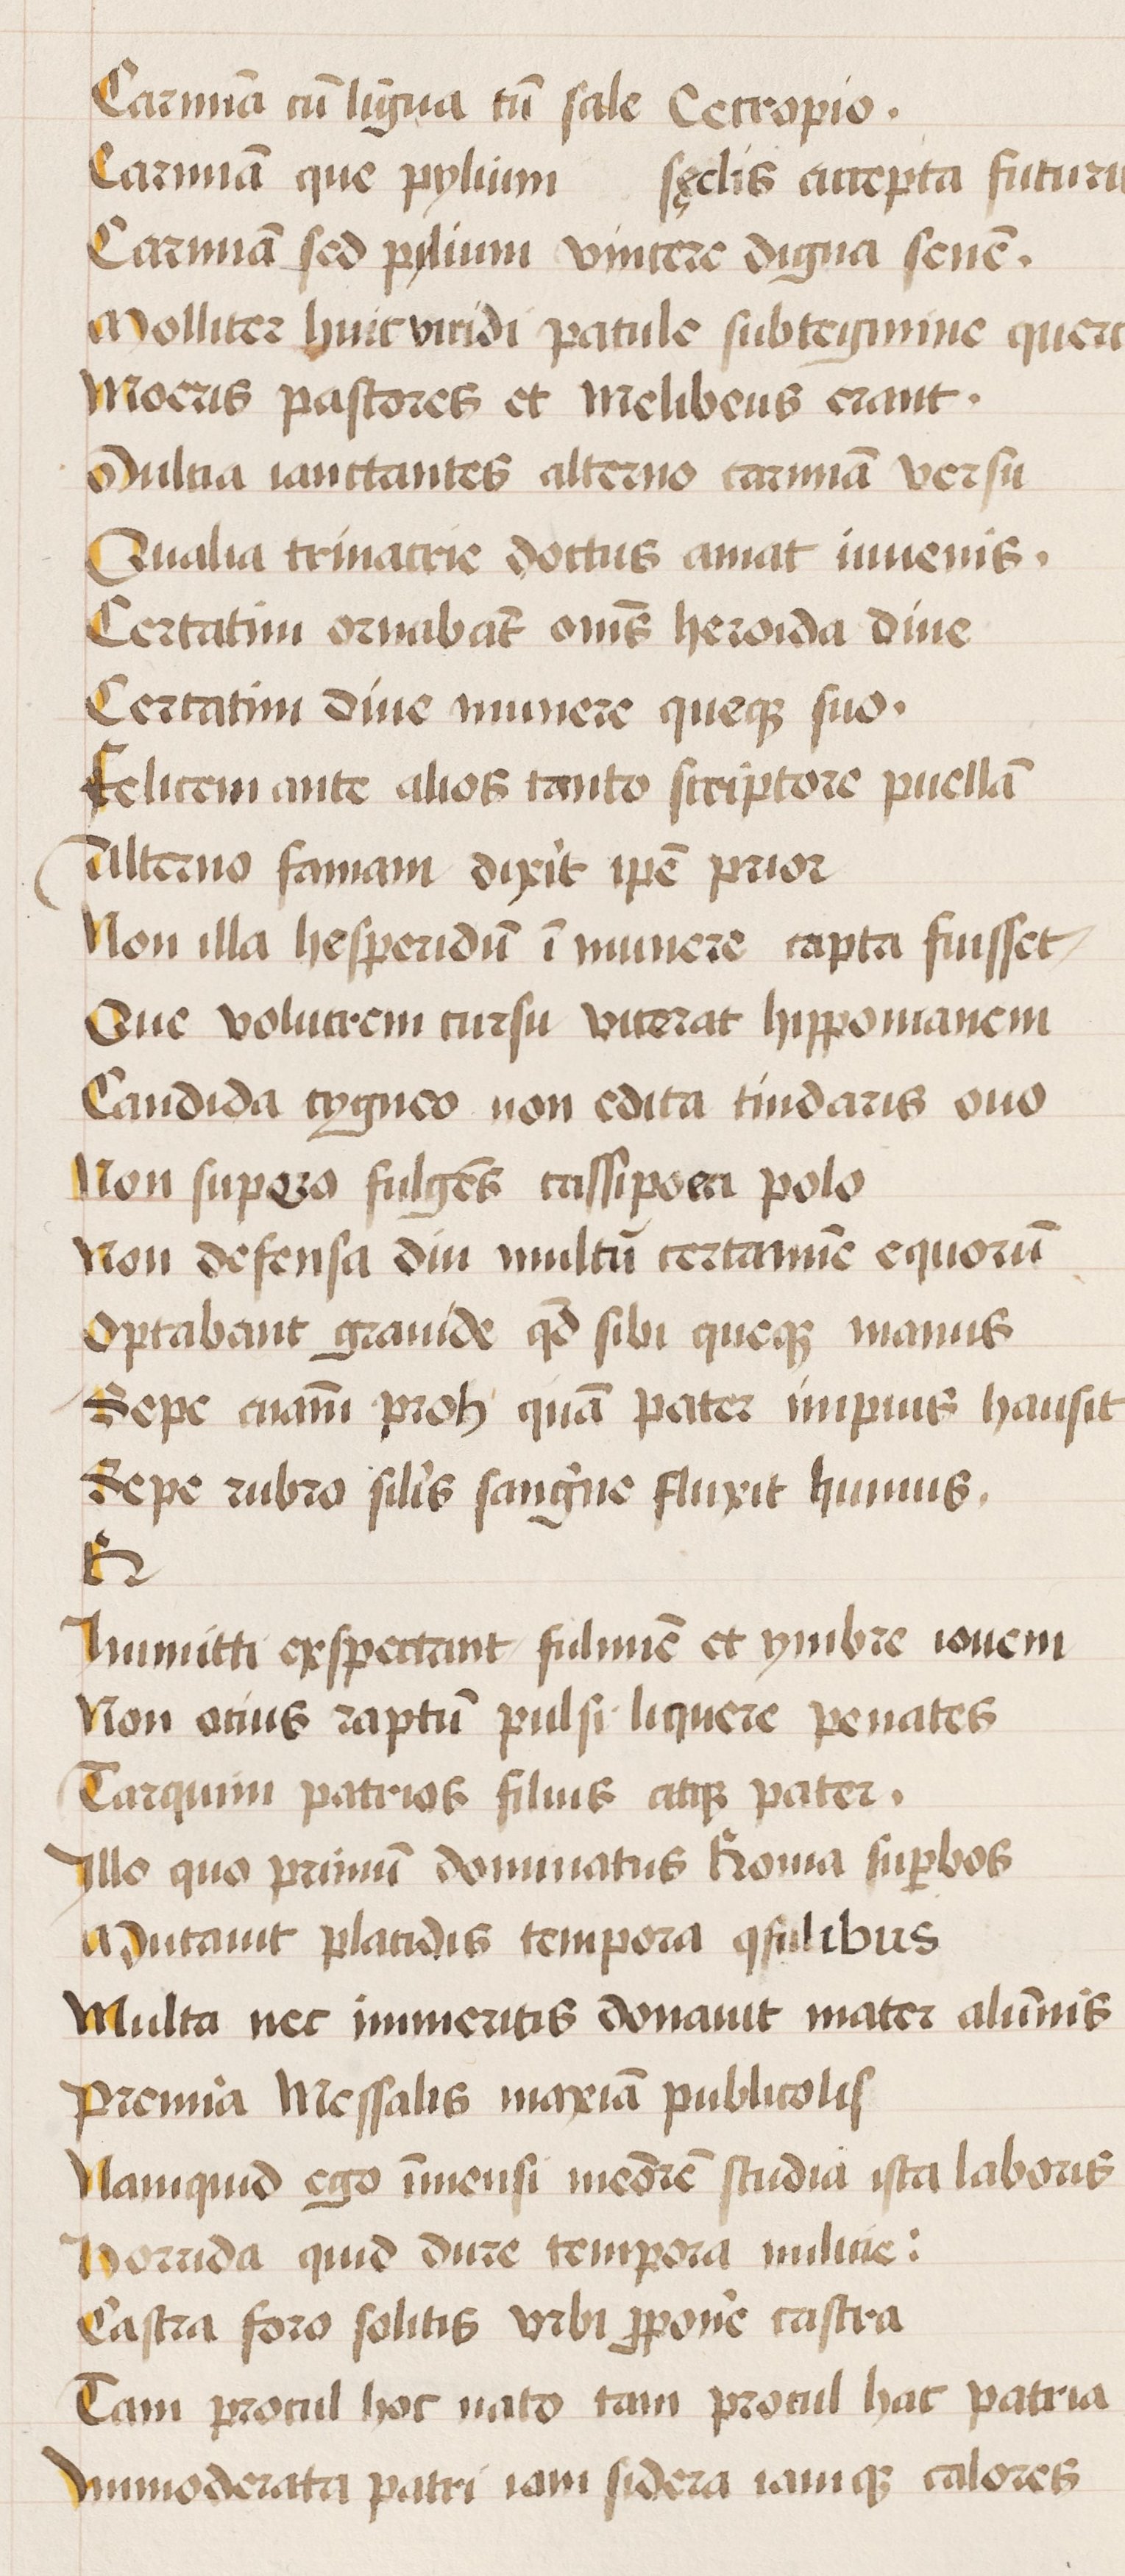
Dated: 1450–1474